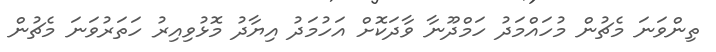
ތިންވަނަ މެޗުން މުހައްމަދު ހަމްދޫނާ ވާދަކޮށް އަހުމަދު އިޔާދު މޮޅުވިއިރު ހަތަރުވަނަ މެޗުން